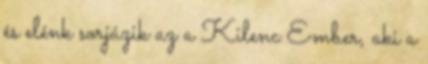
és elénk sorjázik az a Kilenc Ember, aki a